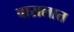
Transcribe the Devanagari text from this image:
वासलात